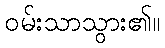
ဝမ်းသာသွား၏။